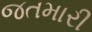
જતમારી